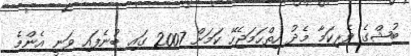
ބުޝްގެ ވެރިކަމާ މެދު ހިތްހަމަޖެހޭ ކަމަށް 2007 ގައި ބުނެފައި ވަނީ އެންމެ